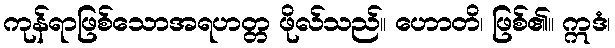
ကုန်ရာဖြစ်သောအရဟတ္တ ဖိုလ်သည်။ ဟောတိ၊ ဖြစ်၏။ ဣဒံ၊